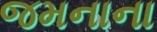
જમનાના